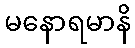
မနောရမာနိ